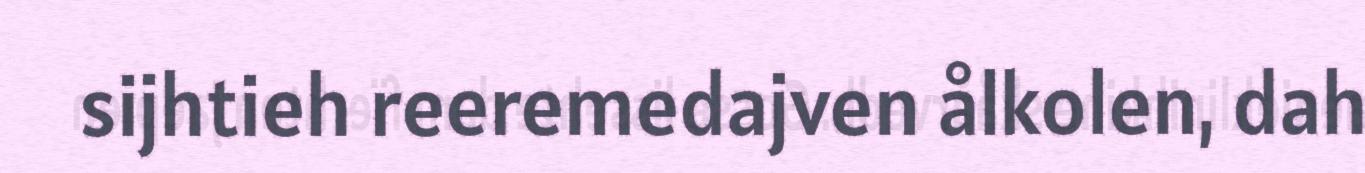
sijhtieh reeremedajven ålkolen, dah